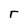
Character: r